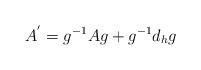
LaTeX: \begin{align*} A^{'} = g^{-1} A g + g^{-1} d_{h}g\end{align*}